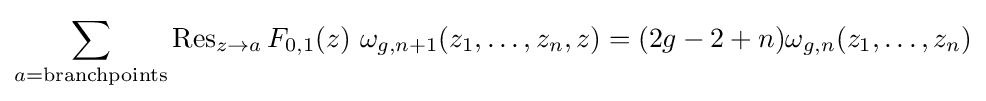
\sum _{a={\text{branchpoints}}}\operatorname {Res} _{z\to a}F_{0,1}(z)\ \omega _{g,n+1}(z_{1},\dots ,z_{n},z)=(2g-2+n)\omega _{g,n}(z_{1},\dots ,z_{n})